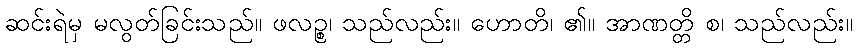
ဆင်းရဲမှ မလွတ်ခြင်းသည်။ ဖလဉ္စ၊ သည်လည်း။ ဟောတိ၊ ၏။ အာဏတ္တိ စ၊ သည်လည်း။